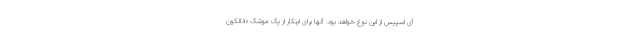
آی اسپیس از این نوع خواهد بود. آنها برای اینکار از یک موشک «فالکون